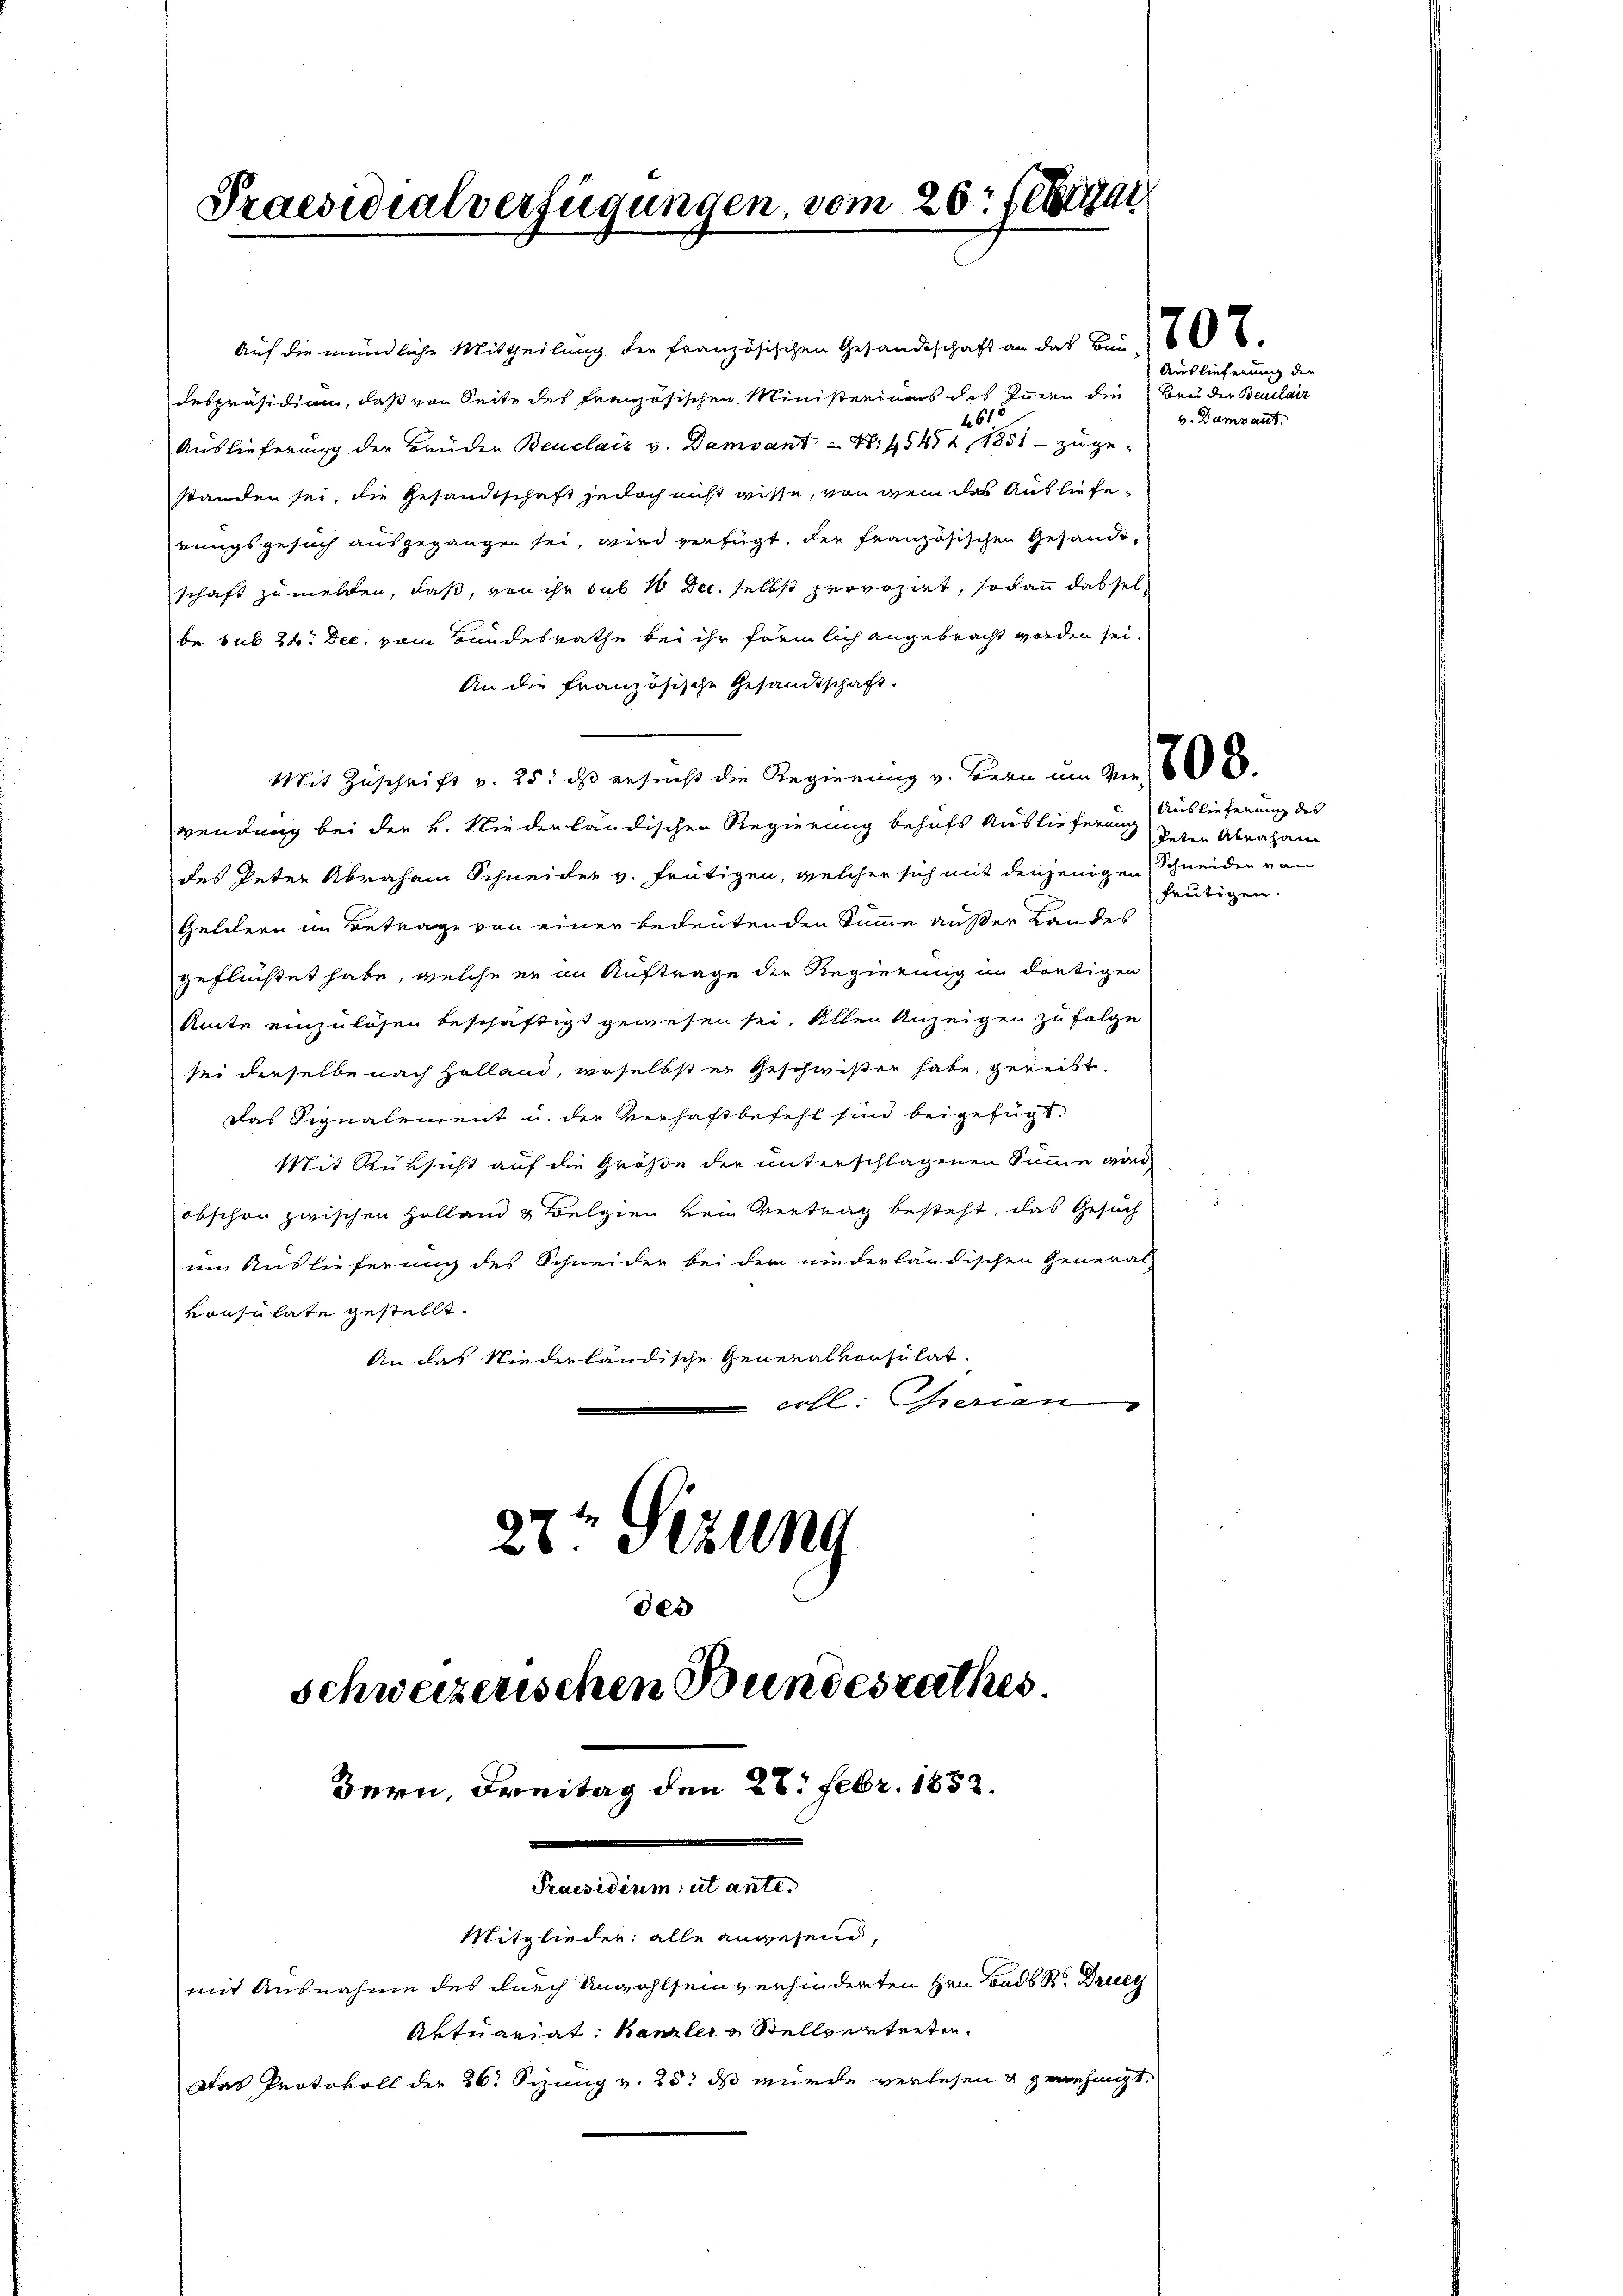
An die französische Gesandtschaft.
Mit Zuschrift v. 25. ds ersucht die Regierung v. Bern um Aus 6
wendung bei der K. Niederländischen Regierung behufs Auslieferung daten Abenhang
des Peter Abraham Schneider v. Frütigen, welcher sich mit denjenigen Schneider von
Getilern im Betrage von einer bedeutenden Summe außer Landes
geflüchtet habe, welche er im Auftrage der Regierung im dortigen
Amte einzulösen beschäftigt gewesen sei. Allen Anzeigen zu folge
sei dieselbe nach Holland, woselbst er Geschwister habe, gereibt.
Das Signalement u. der Verhaftbefehl sind beigefügt.
Mit Rüksicht auf die Größe der unterschlagenen Summe wird
obschon zwischen Holland & Belgien kein Vertrag besteht, das Gesuch
im Auslieferung des Schneider bei der niederländischen General-
vonsulate gestellt.
An das Niederländische Generalkonsulat
erll: Gerien
27t Sezung
des

Praesidialverfügungen, vom 20. Februar

Auf die mündliche Mittheilung der Französischen Gesandtschaft an das Bei
despräsidiam, daß von Seite des französischen Ministeriums des Innern die
4615
Auslieferung der Brüder Beuclair v. Damvant Nr. 45454, 1851 - zuge-
standen sei, die Gesandtschaft jedoch nicht wisse, von dem das Auslieferungsgesuch ausgegangen sei, wird verfügt, der französischen Gesandtschaft zumelten, daß, von ihr sub 10 Dec. selbst provozirt, sodann das sel
be sub 22. Dec. vom Bundesrathe bei ihr förmlich angebracht worden sei.

Bern, Freitag den 28. Febr. 1852.

schweizerischen Bundesrathes
Praesidium ut ante.
Mitglieder: alle anwesend,
mit Ausnahme des durch Unwohlsein verhinderten Hrn. Badb R. Druc
Aktuariat Kanzlers Stellverteiten.

Das Protokoll der 26. Sizung v. 25. ds wurde verlesen & genehmigt.

Auslieferung der
Brei der Beulair
v. Dumvant.

Auslieferung des
heutigen.